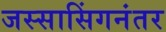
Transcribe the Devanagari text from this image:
जस्सासिंगनंतर